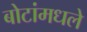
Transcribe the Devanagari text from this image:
बोटांमधले